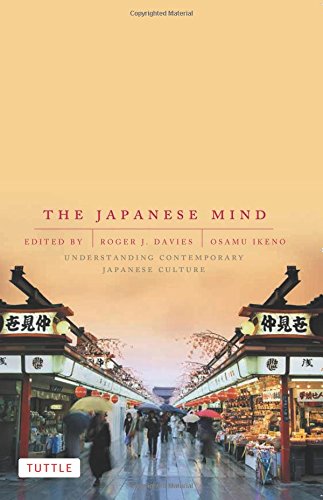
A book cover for The Japanese Mind: Understanding Contemporary Japanese Culture; Roger J. Davies; Business & Money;